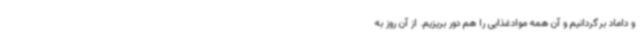
و داماد برگردانیم و آن همه موادغذایی را هم دور بریزیم. از آن روز به